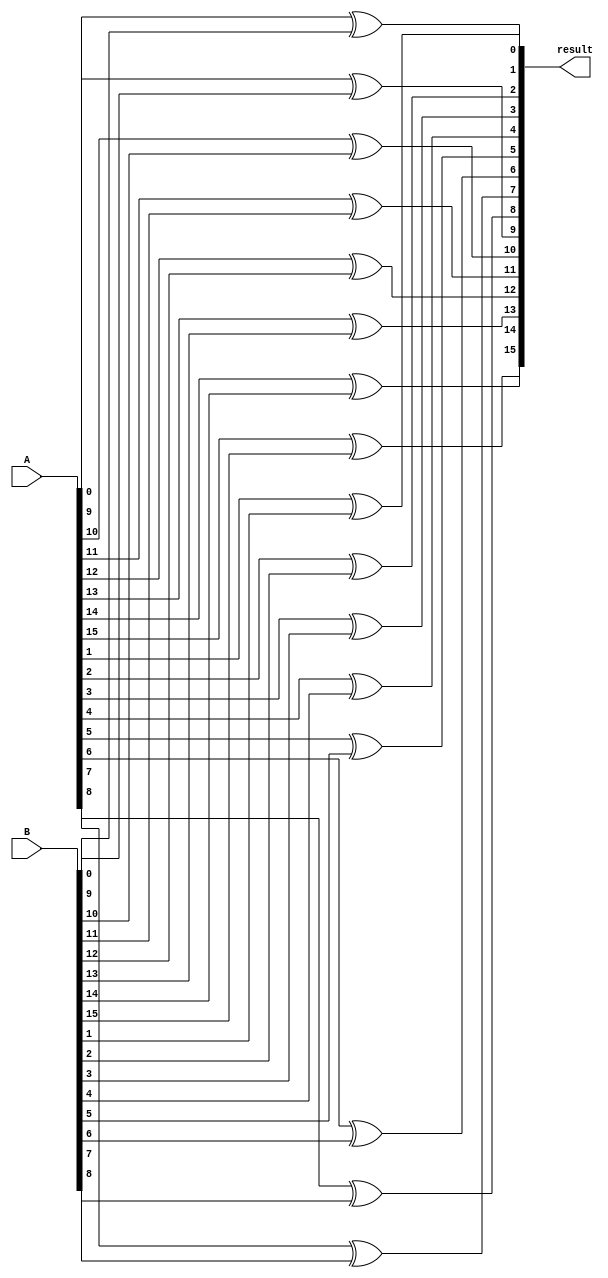
module xor_16bits(input [15:0] A, input [15:0] B, output [15:0] result);
	
	genvar i;
	// for loop for and2
	generate 
		for (i=0; i<16; i = i+1) begin: mygate
			xor xorgate(result[i], A[i], B[i]);
		end
	endgenerate

endmodule